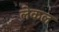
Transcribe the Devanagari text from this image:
लेकल